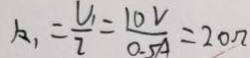
k _ { 1 } = \frac { V _ { 1 } } { 2 } = \frac { 1 0 V } { 0 . 5 A } = 2 0 \Omega